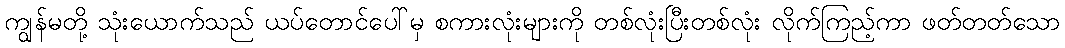
ကျွန်မတို့ သုံးယောက်သည် ယပ်တောင်ပေါ်မှ စကားလုံးများကို တစ်လုံးပြီးတစ်လုံး လိုက်ကြည့်ကာ ဖတ်တတ်သော